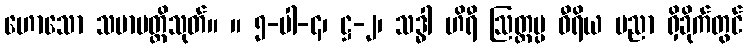
ဟောသော သမာပတ္တိသုတ်။ ။ ၅-ပါ-၄၊ ဋ္ဌ-၂၊ သဒ္ဓါ ဟိရီ ဩတ္တပ္ပ ဝီရိယ ပညာ ရှိခိုက်တွင်